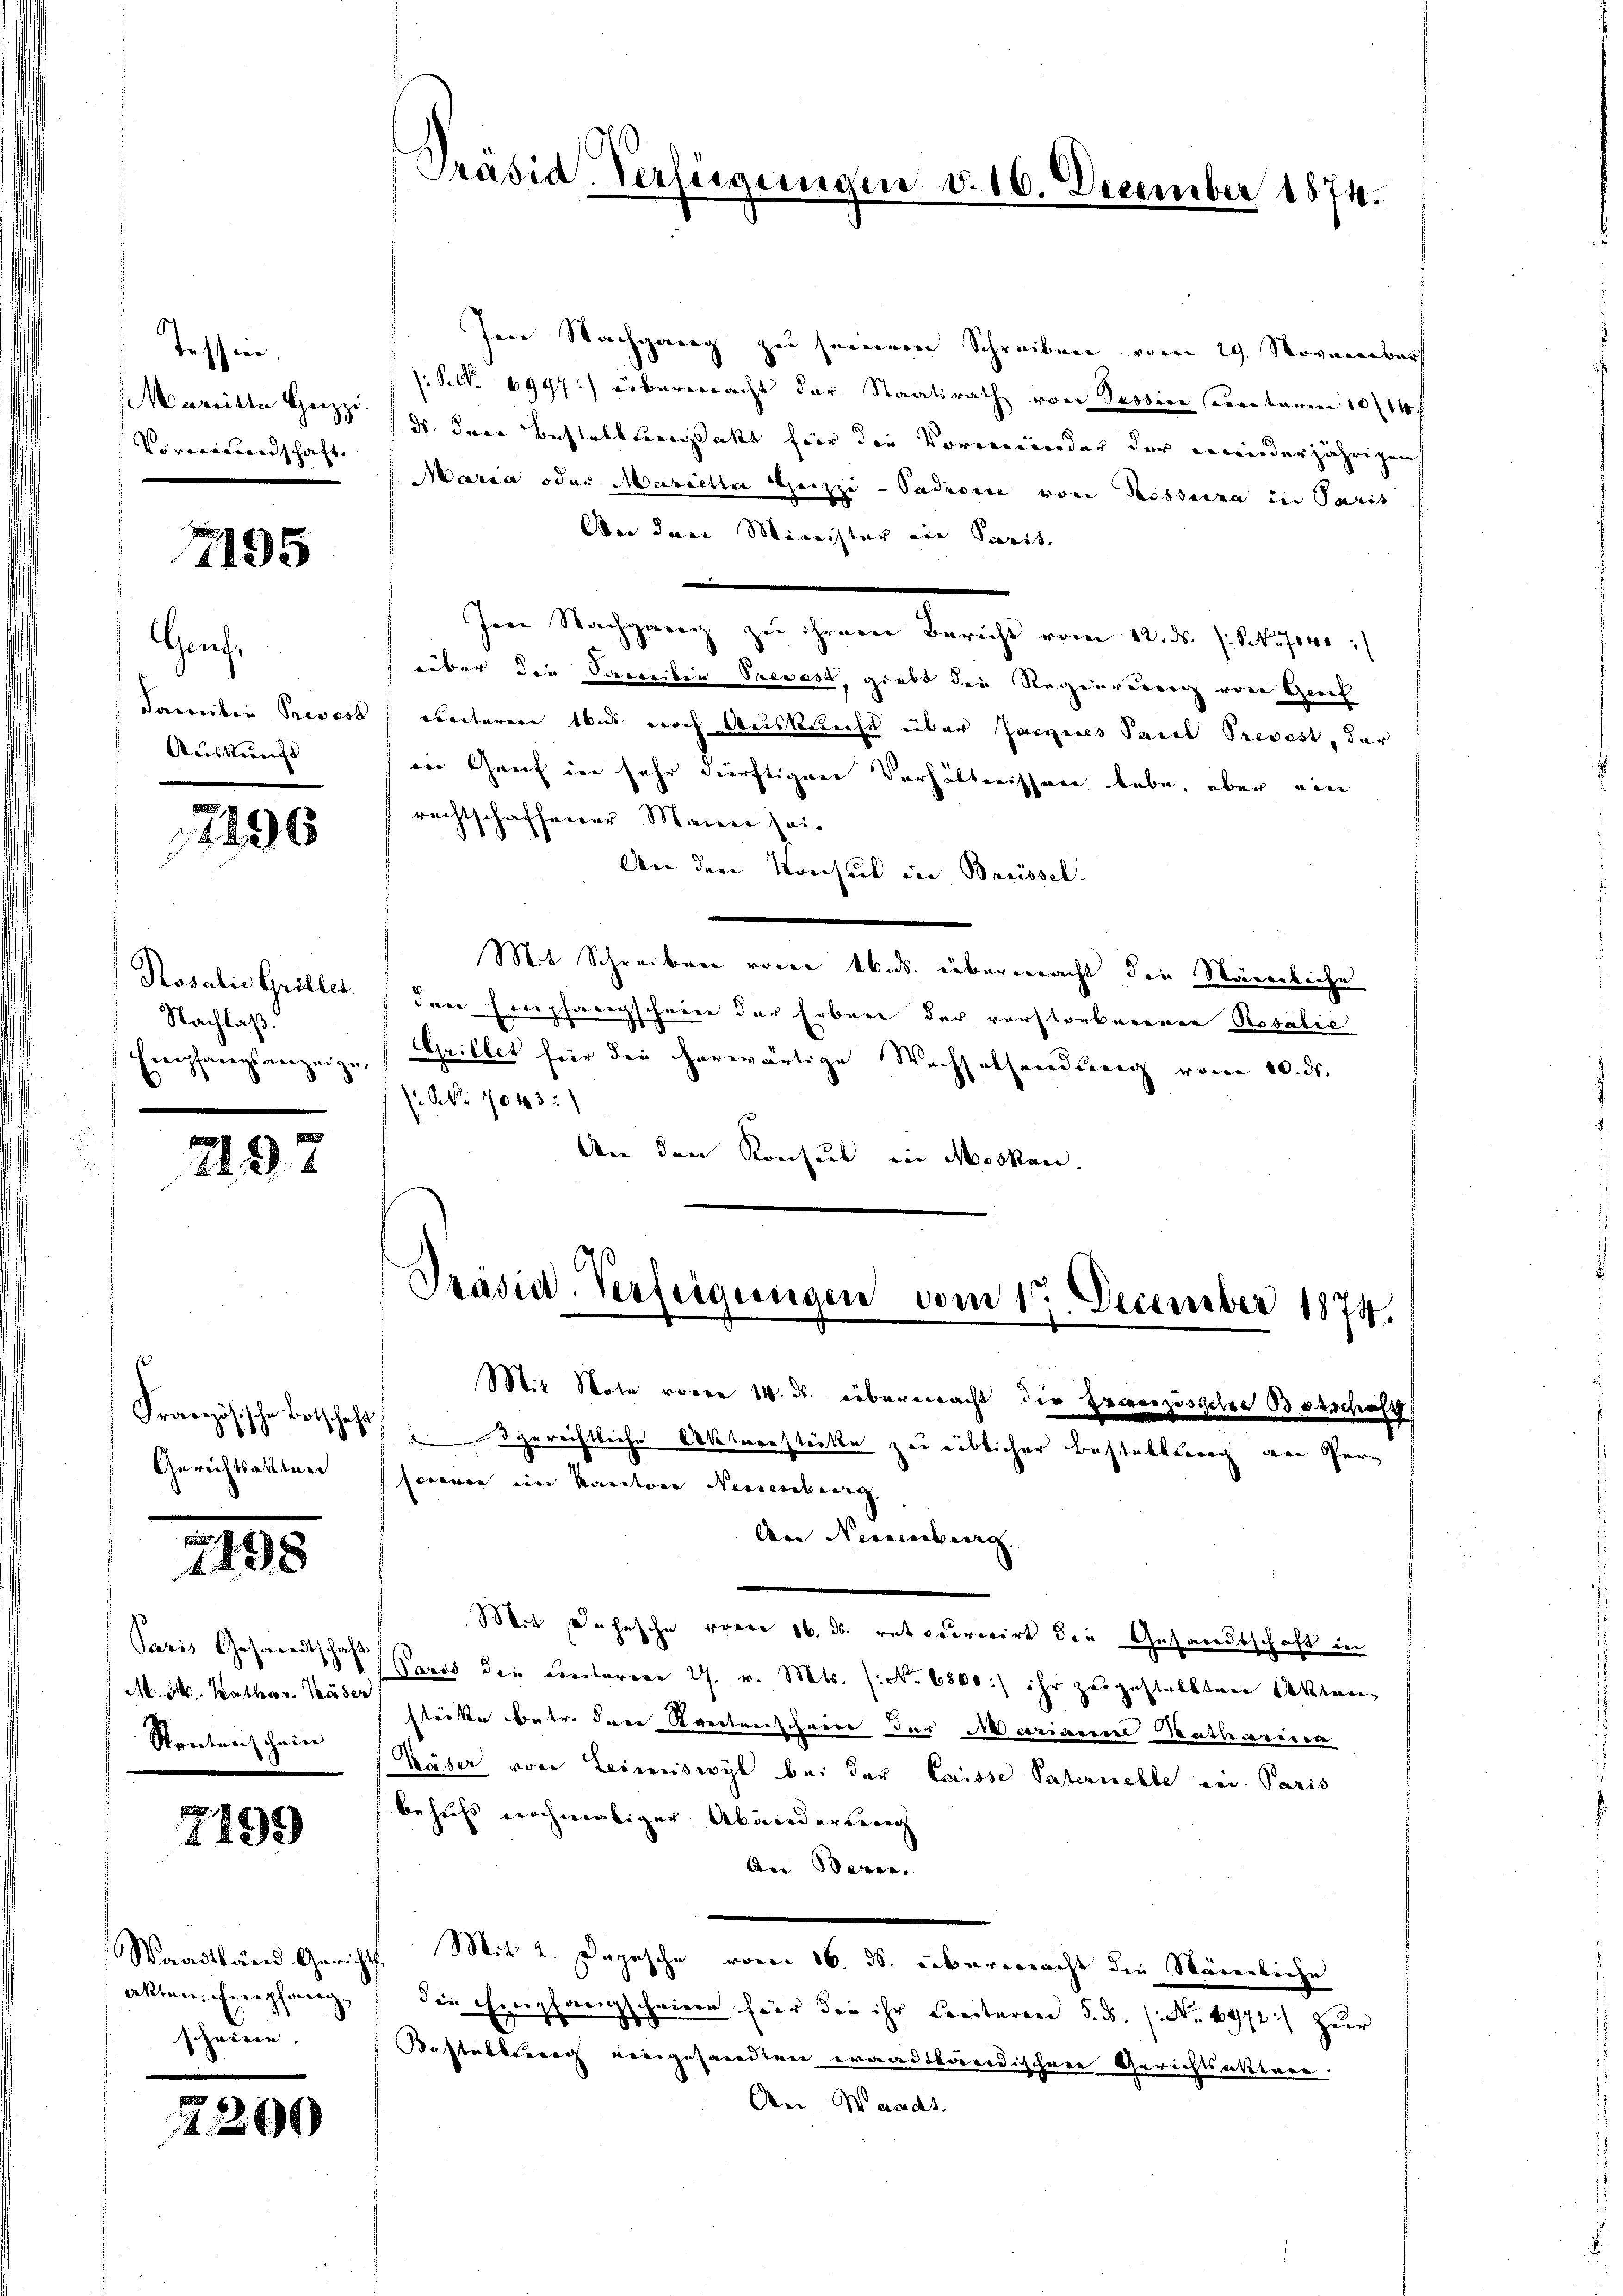
Tession,
Marckte Heizzi.
Vororiberadschaft.

7195

Gauf¬
Familie Prevost
Auskunft

17296

Rosalie Griller
Nachlaß.

2197

Französische Botschaft
Gerichtsakter

498

M. St. Kathar. Häder
Rentenschein

f
199

akten. Empfang,
scheinen. |

1200

Präsid. Verfügung

Ien Nachgang zu seinem Schreiben vom 29. November
.P. Nr. 6997.) überwacht der Staatsrath von Tessin Contaren 10/11 f
ds dere Bestelllingsakt für die Vormerender der meinderjährigen
Maria oder Marielle Heizzi-Padrone von Risserra in Paris
Aber den Minister und Sanit
Ince Nachgang zu ihrem Bericht vom 12. ds. s. Sofer
über die Sacreiben Prevest, giebt die Regierung von Genf
beiteren bis noch Auskunft über Zeigenes Paul Prevost, der
ern Genf in sehr dürftigen Verhältnissen habe, aber ein
rechtschaffener Maiere Zei¬
Dan den Konsul in Brüssel.
e
Mit Schreiben vorer 16. ds. übermacht die Stärenliche
dere Hocepfangschwere der Erbene der verstorbnerner Rosalie
Empfangsanzeige, Griller für die herwärtige Wachselsendung vom 20. ds.
 NNo. 7043:
An den Konsul in Moskan.

Präsid-Verfügungen vom 17. December 1874.

Mit Note voren 14. ds. übermacht die Erwerzösischen Botschaff
dgerichtliche Aktenstücke zu geblicher Bestabbenach den Persoren im Kanton Neuenburg,
An Neuenburg
Mit Dahnsche voren 16. ds. retoceriirt die Gesandtschaft in
Paris Gesandtschaft Preis die ŭnteren 27. v. Mts. (: No 6500:) ihr zŭgestellten Akten
stecke betr. die Rectorischeine der Marianne Kathariier
käser von Leimiswyl bei der Casse Paternelle ein Paris
behufs nochmaliger Abänderung
Are Beren.
Waadtland Gericht. Mit 2. Depesche vom 16. ds. übermacht die Stämliche
die Empfangscheinen für die ihr Centeren d. M. (N. 6972:/ zur
Bestalberg eingesandten waadtländischen Gerichtsaktere
Den Waadt.

d. 16. Dezember 1874.